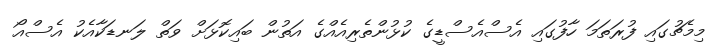
މިމެޗުގައި ފުރަތަމަ ހާފުގައި އެސްއެސްޑީގެ ކުޅުންތެރިއެއްގެ އަތުން ބައިކޮޅަށް ވަތް ލަނޑަކާއެކު އެސްއޯ